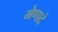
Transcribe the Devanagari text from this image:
मेणादे